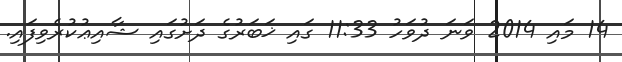
14 މައި 2014 ވަނަ ދުވަހު 11:33 ގައި ޚަބަރުގެ ދަށުގައި ޝާއިޢުކުރެވިފައި.